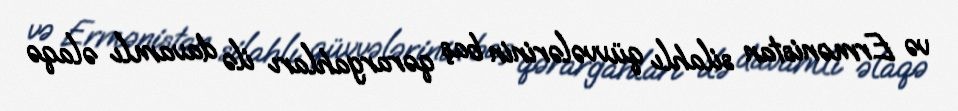
və Ermənistan silahlı qüvvələrinin baş qərargahları ilə davamlı əlaqə